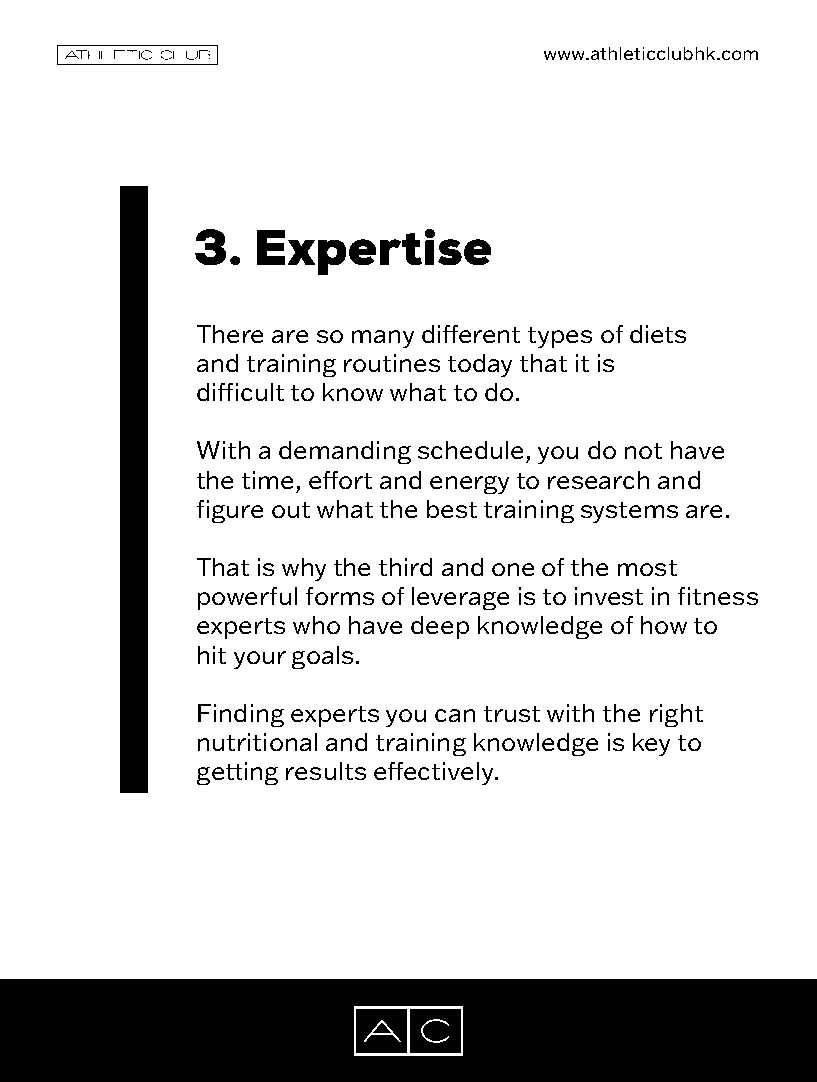
www.athleticclubhk.com
 3.  Expertise
 There are so many different types of diets
 and training routines today that it is
 difficult to know what to do.
 With a demanding schedule, you do not have
 the time, effort and energy to research and
 figure out what the best training systems are.
 That is why the third and one of the most
 powerful forms of leverage is to invest in fitness
 experts who have deep knowledge of how to
 hit your goals.
 Finding experts you can trust with the right
 nutritional and training knowledge is key to
 getting results effectively.